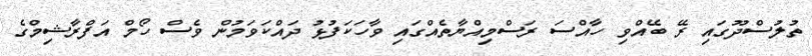
ތުލުސްދޫގައި ރޭ ބޭއްވި ހާއްސަ ރަސްމިއްޔާތެއްގައި ވާހަކަފުޅު ދައްކަވަމުން ވެސް ހޯމް އަފްރާޝިމްގެ